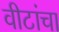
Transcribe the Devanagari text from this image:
वीटांचा